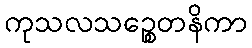
ကုသလသဉ္စေတနိကာ